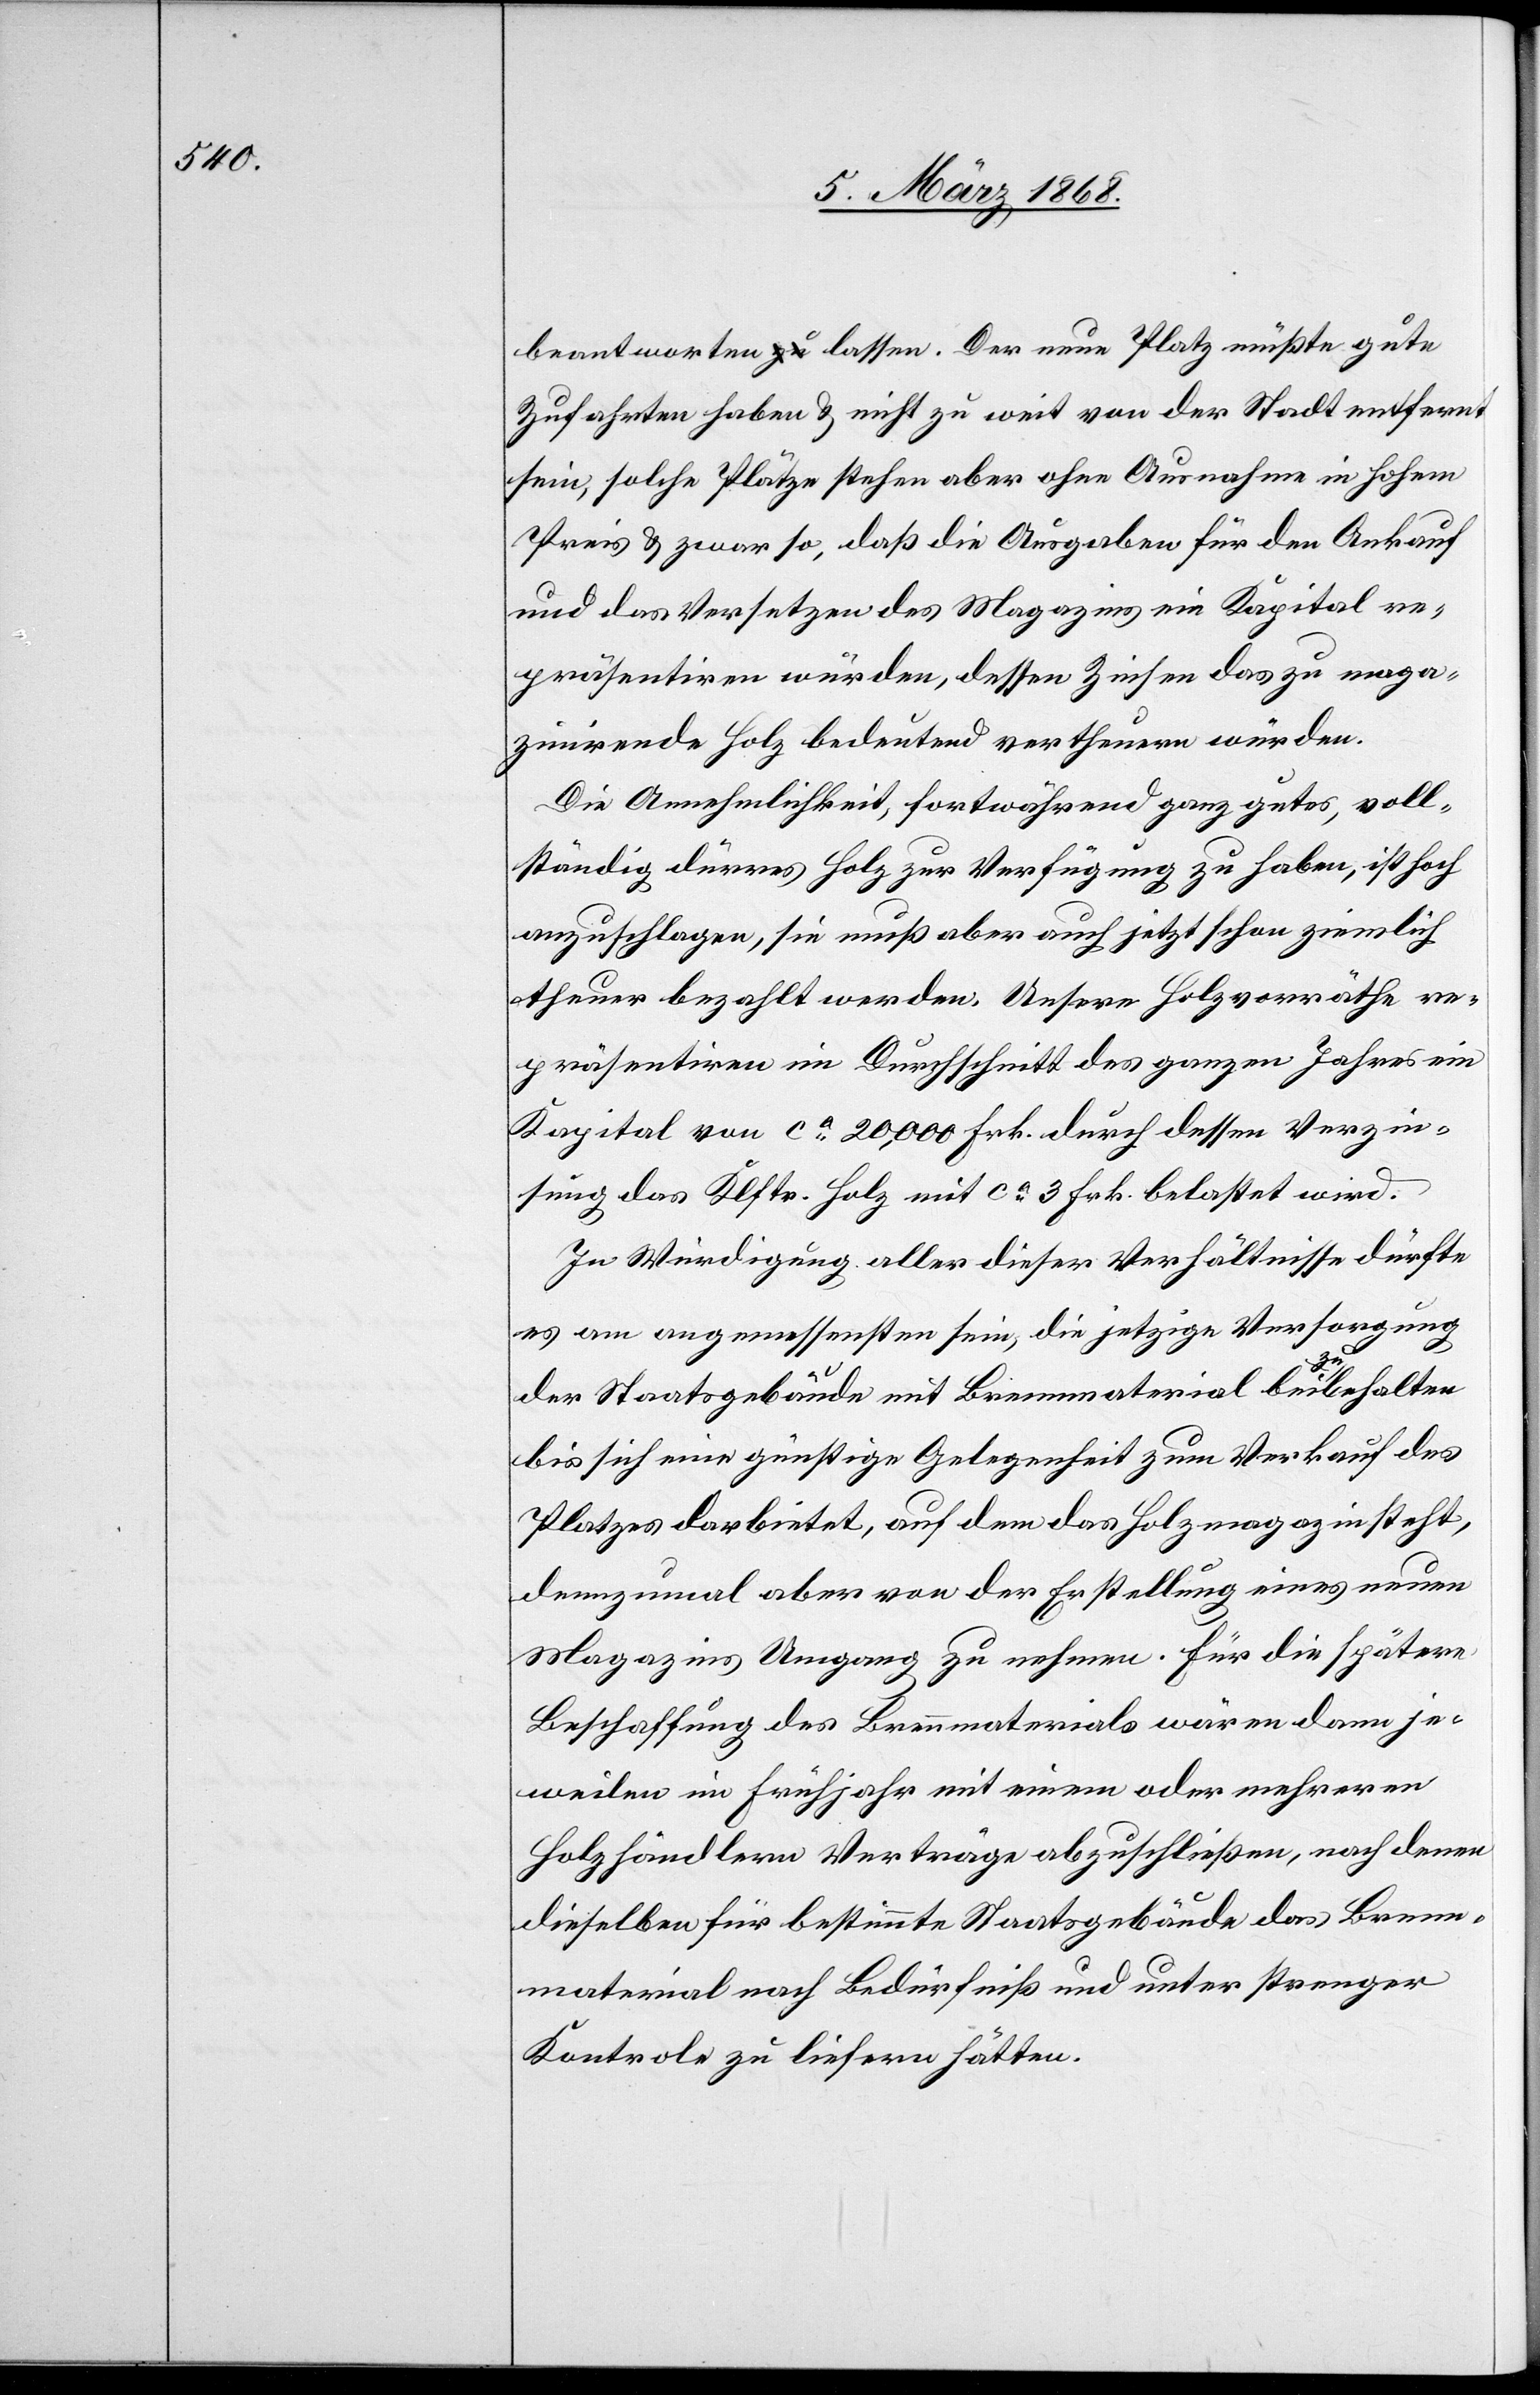
beantworten lassen. Der neue Platz müßte gute
Zufahrten haben & nicht zu weit von der Stadt entfernt
sein, solche Plätze stehen aber ohne Ausnahme in hohem
Preis & zwar so, daß die Ausgaben für den Ankauf
und das Versetzen des Magazins ein Kapital re¬
präsentiren würden, dessen Zinsen das zu maga¬
zinirende Holz bedeutend vertheuern würden.
Die Annehmlichkeit, fortwährend ganz gutes, voll¬
ständig dürres Holz zur Verfügung zu haben, ist hoch
anzuschlagen, sie muß aber auch jetzt schon ziemlich
theuer bezahlt werden. Unsere Holzvorräthe re¬
präsentiren im Durchschnitt des ganzen Jahres ein
Kapital von ca. 20,000 Frk. durch dessen Verzin¬
sung das Klftr. Holz mit ca. 3 Frk. belastet wird.
In Würdigung aller dieser Verhältnisse dürfte
es am angemessensten sein, die jetzige Versorgung
der Staatsgebäude mit Brennmaterial beizubehalten
bis sich eine günstige Gelegenheit zum Verkauf des
Platzes darbietet, auf dem das Holzmagazin steht,
dennzumal aber von der Erstellung eines neuen
Magazins Umgang zu nehmen. Für die spätere
Beschaffung des Brennmaterials wären dann je¬
weilen im Frühjahr mit einem oder mehreren
Holzhändlern Verträge abzuschließen, nach denen
dieselben für bestimmte Staatsgebäude das Brenn¬
material nach Bedürfniß und unter strenger
Kontrole zu liefern hätten.